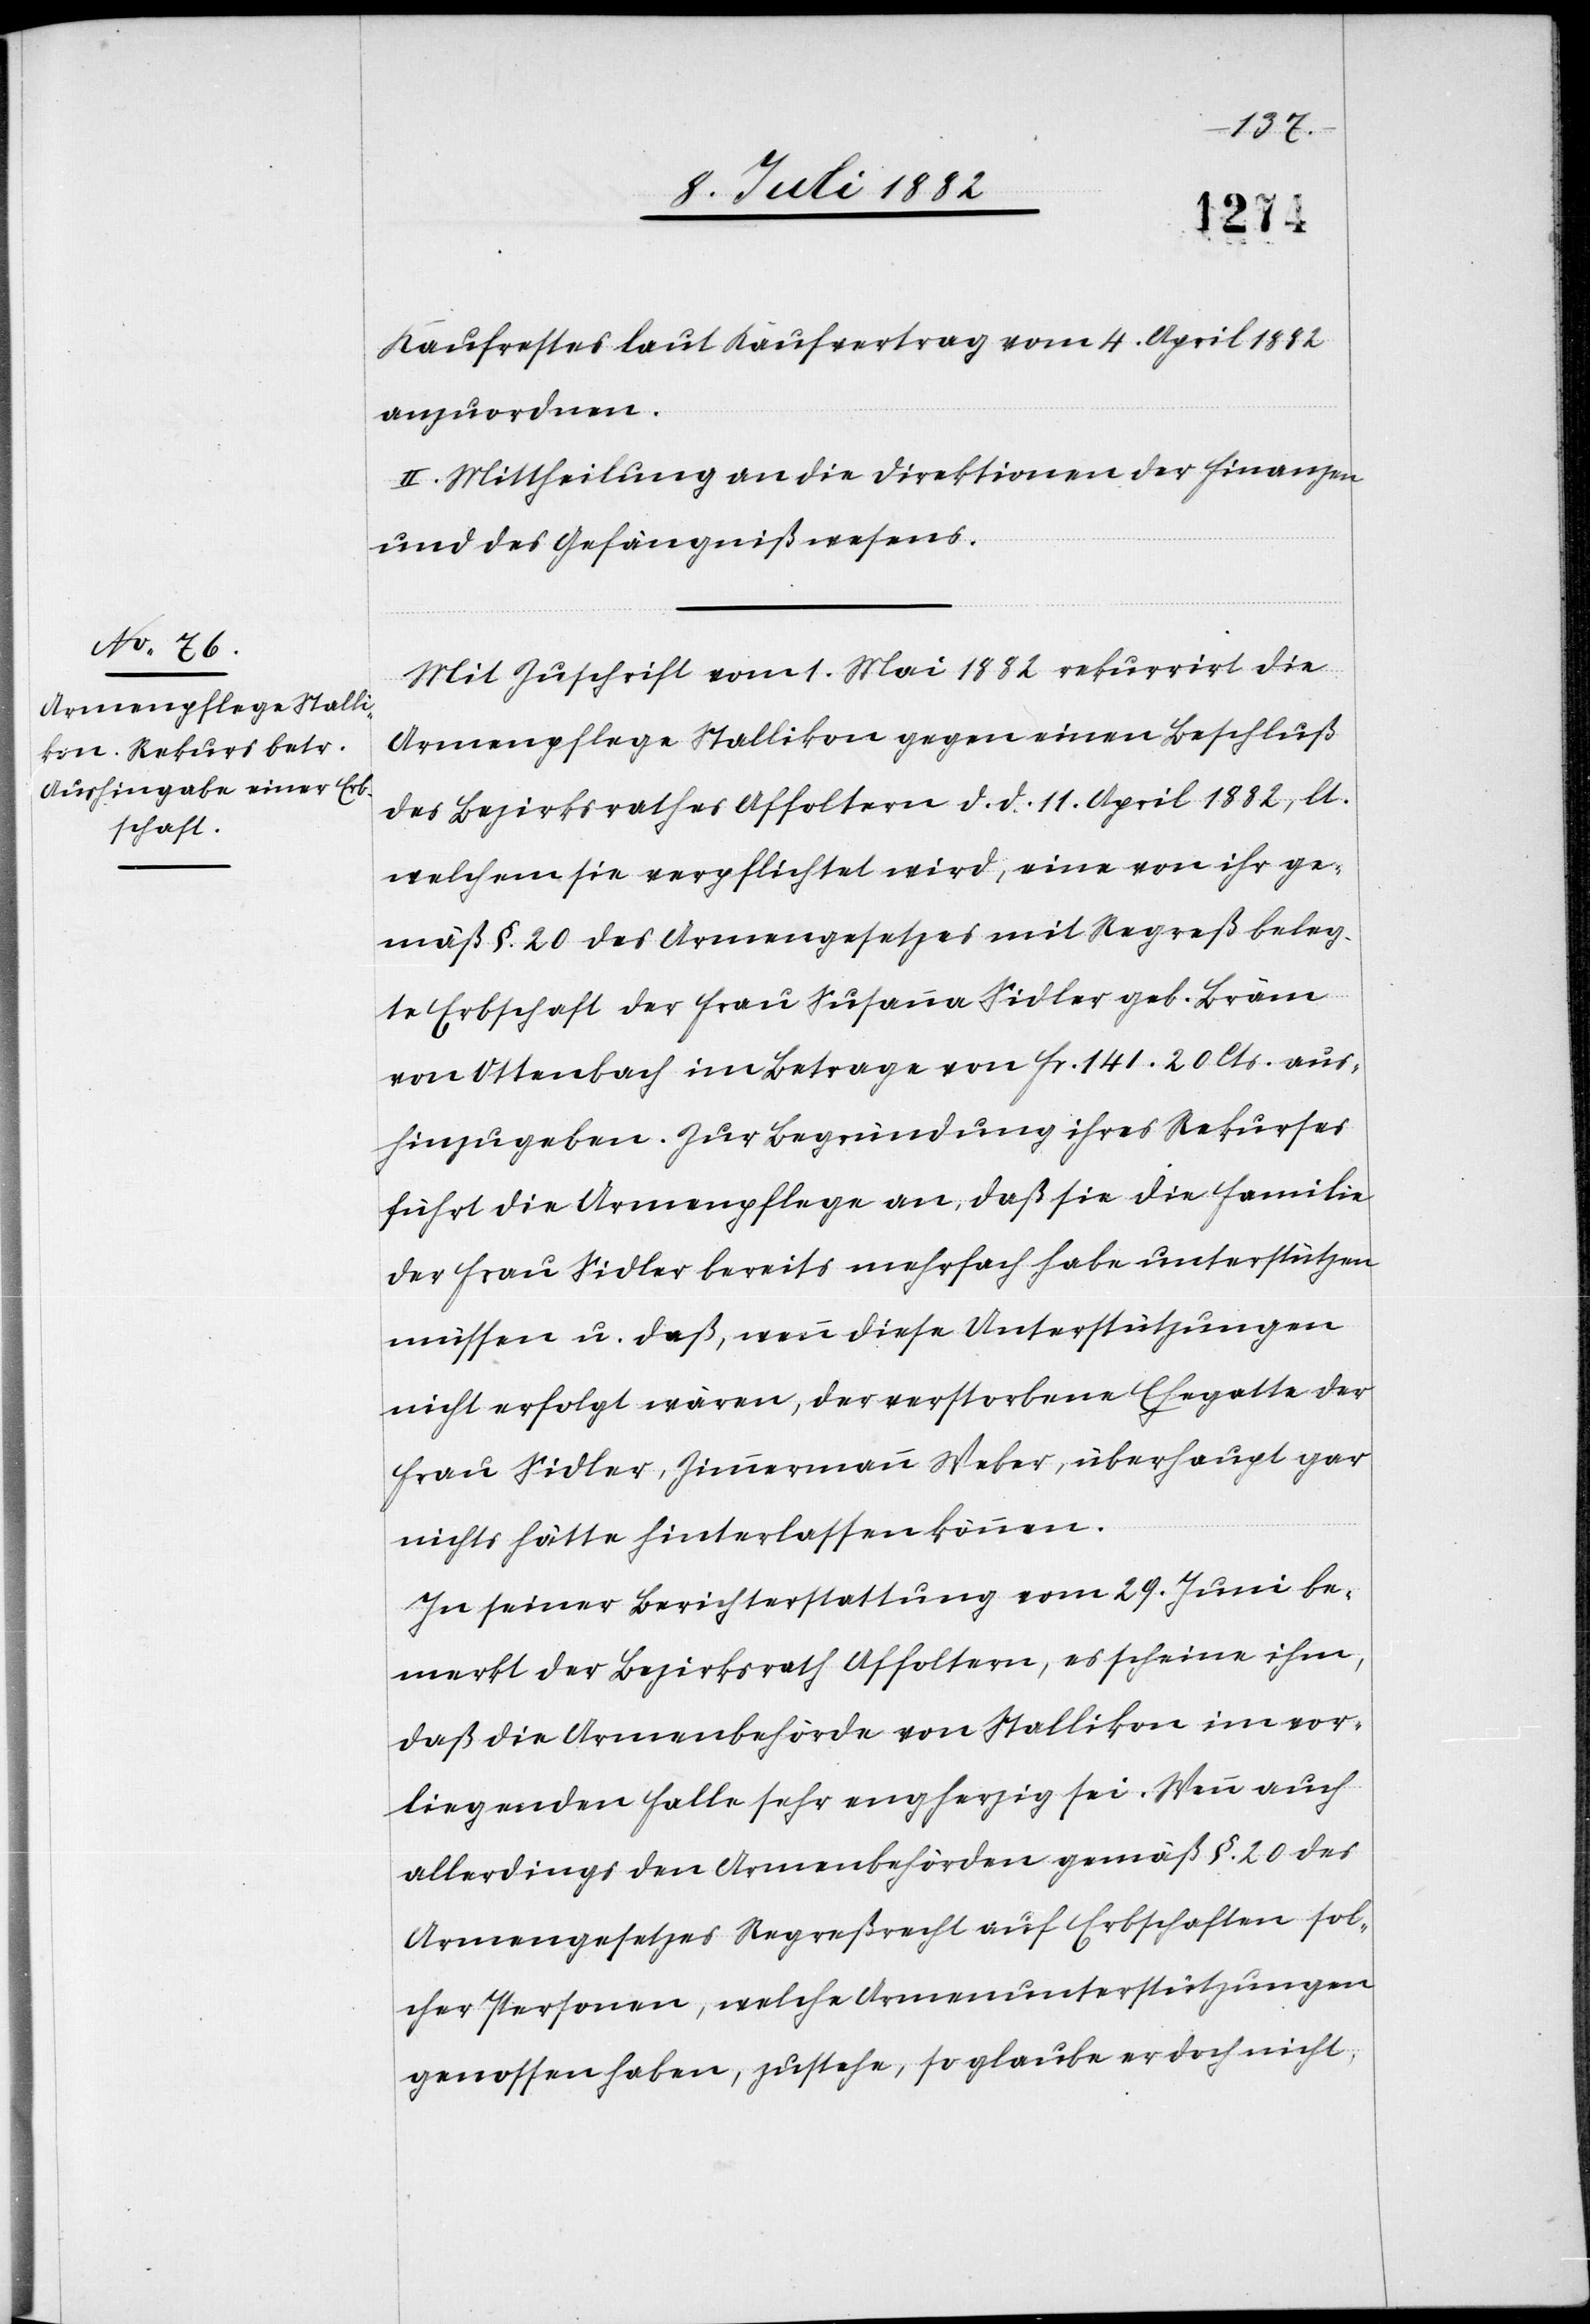
Kaufsrestes laut Kaufvertrag vom 4. April 1882
anzuordnen.
II. Mittheilung an die Direktionen der Finanzen
und des Gefängnißwesens.
Mit Zuschrift vom 1. Mai 1882 rekurrirt die
Armenpflege Stallikon gegen einen Beschluß
des Bezirksrathes Affoltern d. d. 11. April 1882, lt.
welchem sie verpflichtet wird, eine von ihr ge¬
mäß §. 20 des Armengesetzes mit Regreß beleg¬
te Erbschaft der Frau Susanna Sidler geb. Bräm
von Ottenbach im Betrage von Fr. 141. 20 Cts. aus¬
hinzugeben. Zur Begründung ihres Rekurses
führt die Armenpflege an, daß sie die Familie
der Frau Sidler bereits mehrfach habe unterstützen
müssen u. daß, wenn diese Unterstützungen
nicht erfolgt wären, der verstorbene Ehegatte der
Frau Sidler, Zimmermann Weber, überhaupt gar
nichts hätte hinterlassen können.
In seiner Berichterstattung vom 29. Juni be¬
merkt der Bezirksrath Affoltern, es scheine ihm,
daß die Armenbehörde von Stallikon im vor¬
liegenden Falle sehr engherzig sei. Wenn auch
allerdings den Armenbehörden gemäß §. 20 des
Armengesetzes Regreßrecht auf Erbschaften sol¬
cher Personen, welche Armenunterstützungen
genossen haben, zustehe, so glaubt er doch nicht